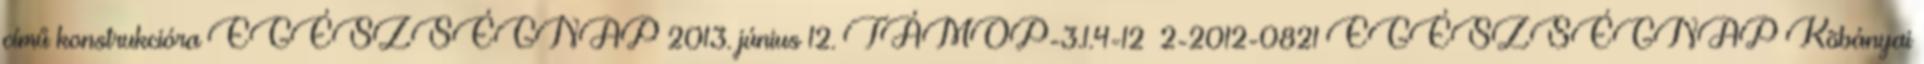
című konstrukcióra EGÉSZSÉGNAP 2013. június 12. TÁMOP-3.1.4-12 2-2012-0821 EGÉSZSÉGNAP Kõbányai